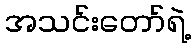
အသင်းတော်ရဲ့